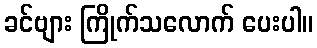
ခင်ဗျား ကြိုက်သလောက် ပေးပါ။